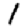
Digit: 1